Civil Veterinary Dept. Bombay admin report 1923-31 - 1923-1931
Year: 1923
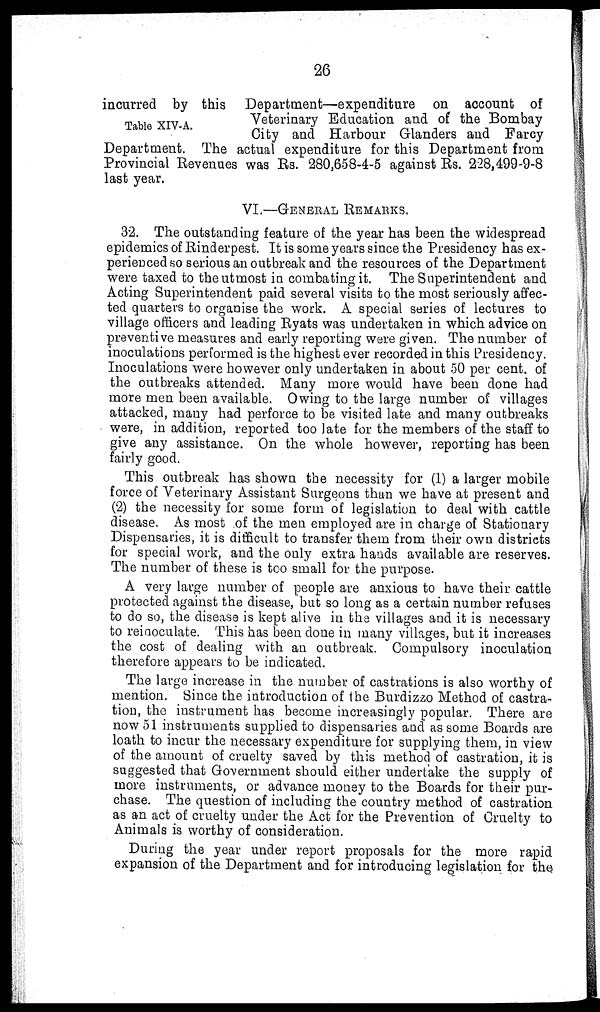
26
Table XIV-A.
incurred by this Department—expenditure on account of
Veterinary Education and of the Bombay
City and Harbour Glanders and Farcy
Department. The actual expenditure for this Department from
Provincial Revenues was Rs. 280,658-4-5 against Rs. 228,499-9-8
last year.
VI.—GENERAL REMARKS.
32. The outstanding feature of the year has been the widespread
epidemics of Rinderpest. It is some years since the Presidency has ex-
perienced so serious an outbreak and the resources of the Department
were taxed to the utmost in combating it. The Superintendent and
Acting Superintendent paid several visits to the most seriously affec-
ted quarters to organise the work. A special series of lectures to
village officers and leading Ryats was undertaken in which advice on
preventive measures and early reporting were given. The number of
inoculations performed is the highest ever recorded in this Presidency.
Inoculations were however only undertaken in about 50 per cent. of
the outbreaks attended. Many more would have been done had
more men been available. Owing to the large number of villages
attacked, many had perforce to be visited late and many outbreaks
were, in addition, reported too ]ate for the members of the staff to
give any assistance. On the whole however, reporting has been
fairly good.
This outbreak has shown the necessity for (1) a larger mobile
force of Veterinary Assistant Surgeons than we have at present and
(2) the necessity for some form of legislation to deal with cattle
disease. As most of the men employed are in charge of Stationary
Dispensaries, it is difficult to transfer them from their own districts
for special work, and the only extra hands available are reserves.
The number of these is too small for the purpose.
A very large number of people are anxious to have their cattle
protected against the disease, but so long as a certain number refuses
to do so, the disease is kept alive in the villages and it is necessary
to reinoculate. This has been done in many villages, but it increases
the cost of dealing with an outbreak. Compulsory inoculation
therefore appears to be indicated.
The large increase in the number of castrations is also worthy of
mention. Since the introduction of the Burdizzo Method of castra-
tion, the instrument has become increasingly popular. There are
now 51 instruments supplied to dispensaries and as some Boards are
loath to incur the necessary expenditure for supplying them, in view
of the amount of cruelty saved by this method of castration, it is
suggested that Government should either undertake the supply of
more instruments, or advance money to the Boards for their pur-
chase. The question of including the country method of castration
as an act of cruelty under the Act for the Prevention of Cruelty to
Animals is worthy of consideration.
During the year under report proposals for the more rapid
expansion of the Department and for introducing legislation for the